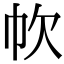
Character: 𢁧